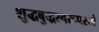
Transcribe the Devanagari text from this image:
शुद्धबुद्धस्वरूपस्त्वं